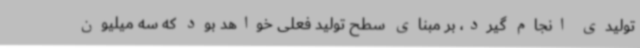
تولیدی انجام گیرد، بر مبنای سطح تولید فعلی خواهد بود که سه میلیون